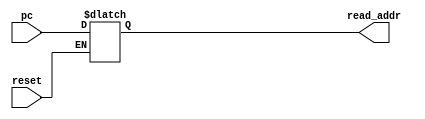
// Generated by MyHDL 0.11


`timescale 1ns/10ps

module pc_assign (
    reset,
    read_addr,
    pc
);


input reset;
output [31:0] read_addr;
reg [31:0] read_addr;
input [31:0] pc;




always @(reset, pc) begin: PC_ASSIGN_ASSIGN
    if ((reset == 1)) begin
        read_addr = pc;
    end
end

endmodule